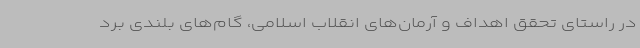
در راستای تحقق اهداف و آرمان‌های انقلاب اسلامی، گام‌های بلندی برد